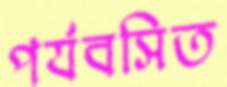
পর্যবসিত